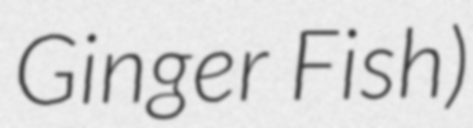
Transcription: Ginger Fish)